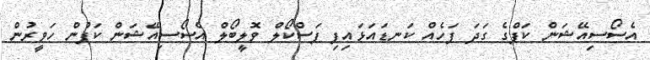
އެސޯސިއޭޝަން ކަޕްގެ ގަދަ ފަހެއް ކަނޑައަޅައިފި ޕަސްކޯލް ވޮލީބޯލް އެސޯސިއޭޝަން ކަޕުން ހަވީރުން